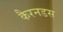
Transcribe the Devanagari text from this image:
कैरनडस